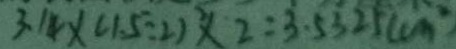
3 . 1 4 \times ( 1 . 5 \div 2 ) \times 2 = 3 . 5 3 2 5 ( c m ^ { 2 } )